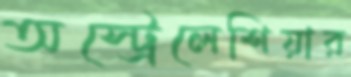
অস্ট্রেলেশিয়ার